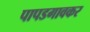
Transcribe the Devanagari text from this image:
पापडगावकर